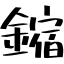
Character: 鏥